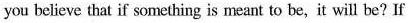
you believe that if swomething is meant to be,it wilte? If